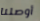
أوصلنا